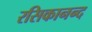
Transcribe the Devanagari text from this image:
रसिकानन्द